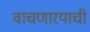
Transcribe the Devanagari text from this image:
वाचणारयाची